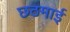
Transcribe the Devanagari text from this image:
छठमाई